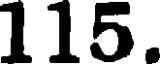
115.